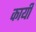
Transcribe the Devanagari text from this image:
कार्यी